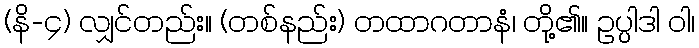
(နိ-၄) လျှင်တည်း။ (တစ်နည်း) တထာဂတာနံ၊ တို့၏။ ဥပ္ပါဒါ ဝါ၊